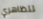
تتظاهري